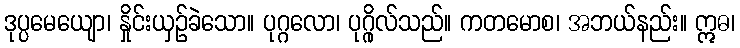
ဒုပ္ပမေယျော၊ နှိုင်းယှဉ်ခဲသော။ ပုဂ္ဂလော၊ ပုဂ္ဂိုလ်သည်။ ကတမောစ၊ အဘယ်နည်း။ ဣဓ၊